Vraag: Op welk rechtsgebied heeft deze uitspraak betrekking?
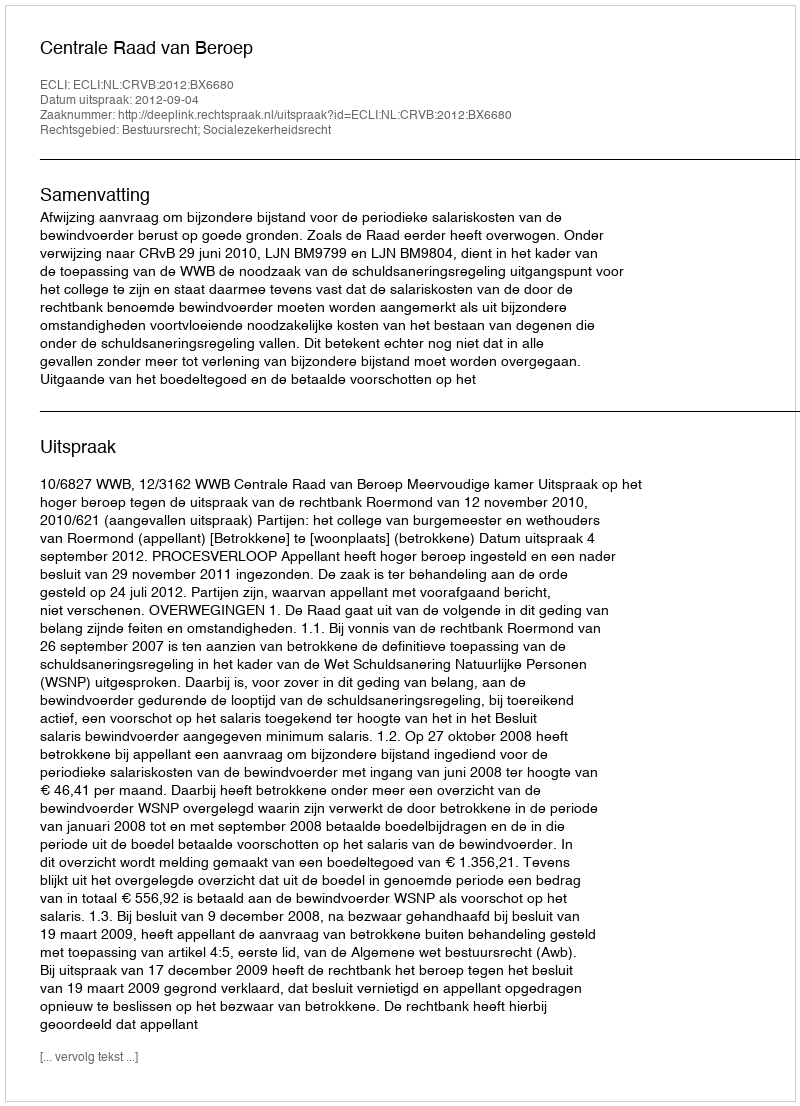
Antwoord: Bestuursrecht; Socialezekerheidsrecht